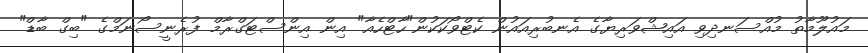
މައުލޫމާތު މުއްސަނދިވި އައިޝްވަރިޔާގެ އެނބުރިއައުން ކެޓްވޯކަކުން"ހާޓްހެއާ" އިން އިންސްޓަގްރާމް ފުރެނީސޯނަމްގެ "ބިގް ބާޑް"